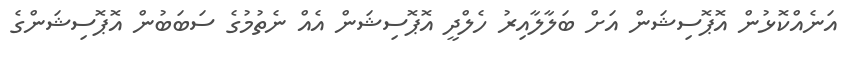
އަނެއްކޮޅުން އޮޕޮސިޝަން އަށް ބަލާލާއިރު ހެލްދީ އޮޕޮސިޝަން އެއް ނެތުމުގެ ސަބަބުން އޮޕޮސިޝަންގެ